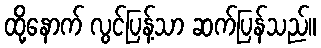
ထို့နောက် လွင်ပြန့်သာ ဆက်ပြန်သည်။